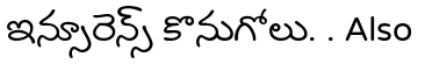
ఇన్సూరెన్స్ కొనుగోలు. . Also